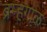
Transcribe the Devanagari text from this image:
ब्रम्हगाळ